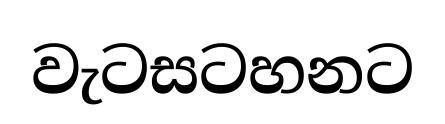
වැටසටහනට